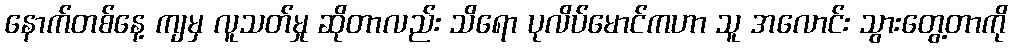
နောက်တစ်နေ့ ကျမှ လူသတ်မှု ဆိုတာလည်း သိရော ပုလိပ်မောင်ကဟာ သူ အလောင်း သွားတွေ့တာကို